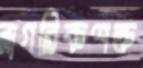
নাগরিকশক্ত